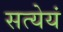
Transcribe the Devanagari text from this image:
सत्येयं